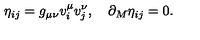
\eta _ { i j } = g _ { \mu \nu } v _ { i } ^ { \mu } v _ { j } ^ { \nu } , \quad \partial _ { M } \eta _ { i j } = 0 .